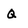
Character: q